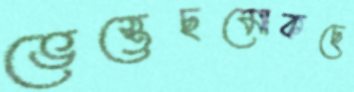
ভেস্তেছমোকছে